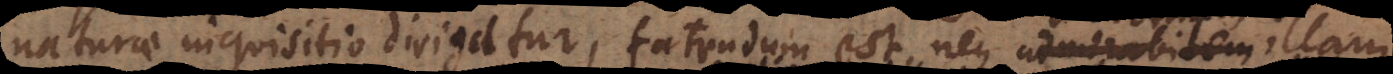
naturae inquisitio dirigatur, fatendum est neque admirabilem illam